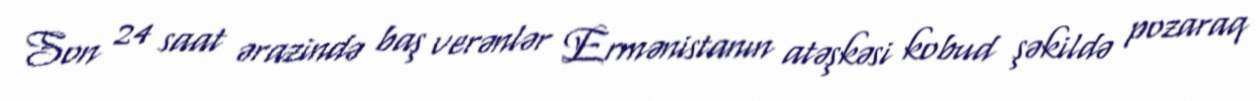
Son 24 saat ərazində baş verənlər Ermənistanın atəşkəsi kobud şəkildə pozaraq